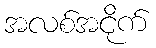
အလစ်အငိုက်